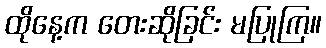
ထိုနေ့က တေးဆိုခြင်း မပြုကြ။